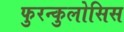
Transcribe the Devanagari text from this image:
फुरन्कुलोसिस